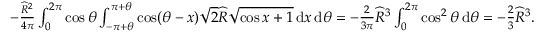
\begin{array} { r } { - \frac { \widehat { R } ^ { 2 } } { 4 \pi } \int _ { 0 } ^ { 2 \pi } \cos \theta \int _ { - \pi + \theta } ^ { \pi + \theta } \cos ( \theta - x ) \sqrt { 2 } \widehat { R } \sqrt { \cos x + 1 } \, { \mathrm { d } } x \, { \mathrm { d } } \theta = - \frac { 2 } { 3 \pi } \widehat { R } ^ { 3 } \int _ { 0 } ^ { 2 \pi } \cos ^ { 2 } \theta \, { \mathrm { d } } \theta = - \frac { 2 } { 3 } \widehat { R } ^ { 3 } . } \end{array}